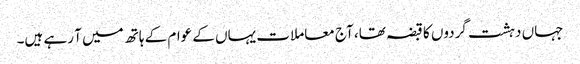
جہاں دہشت گردوں کا قبضہ تھا، آج معاملات یہاں کے عوام کے ہاتھ میں آ رہے ہیں۔